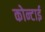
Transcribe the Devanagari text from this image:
कोन्टाई